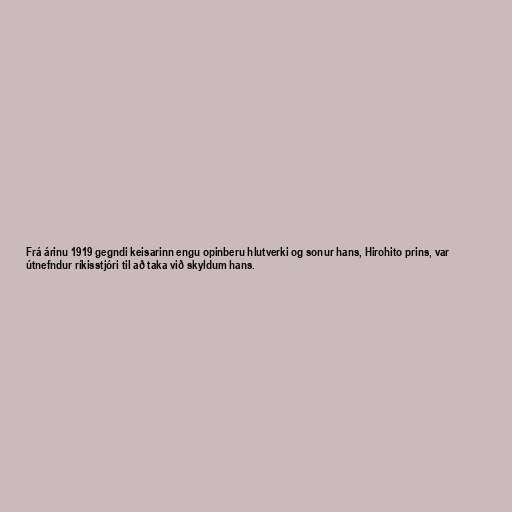
Frá árinu 1919 gegndi keisarinn engu opinberu hlutverki og sonur hans, Hirohito prins, var
útnefndur ríkisstjóri til að taka við skyldum hans.